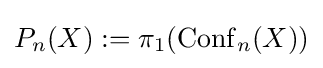
P_{n}(X):=\pi _{1}(\operatorname {Conf} _{n}(X))